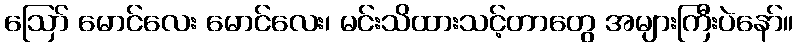
ဪ မောင်လေး မောင်လေး၊ မင်းသိထားသင့်တာတွေ အများကြီးပဲနော်။